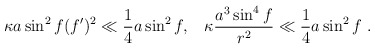
\begin{align*}\kappa a \sin^2 f(f')^2 \ll \frac{1}{4}a \sin^2 f,\;\;\; \kappa\frac{a^3 \sin^4 f}{r^2} \ll \frac{1}{4}a \sin^2 f\ .\end{align*}